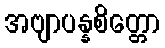
အဗျာပန္နစိတ္တော